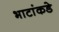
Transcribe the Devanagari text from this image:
भाटांकडे